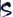
Text: S